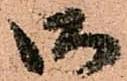
御